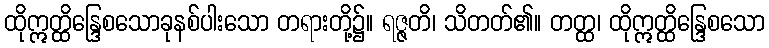
ထိုဣတ္ထိန္ဒြေစသောခုနစ်ပါးသော တရားတို့၌။ ရဇ္ဇတိ၊ သိတတ်၏။ တတ္ထ၊ ထိုဣတ္ထိန္ဒြေစသော